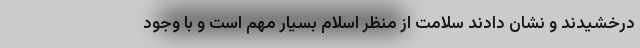
درخشیدند و نشان دادند سلامت از منظر اسلام بسیار مهم است و با وجود